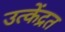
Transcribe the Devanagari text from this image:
उत्केंद्रत